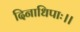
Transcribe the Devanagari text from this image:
दिनाधिपाः।।